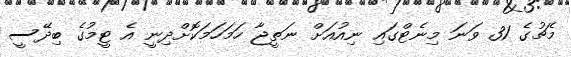
މެޗުގެ 31 ވަނަ މިނެޓްގައި ނިއުއަށް ނަތީޖާ ހަމަހަމަކޮށްދިނީ އެ ޓީމުގެ ބިދޭސީ